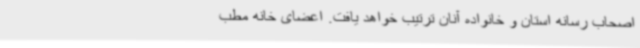
اصحاب رسانه استان و خانواده آنان ترتیب خواهد یافت. اعضای خانه مطب